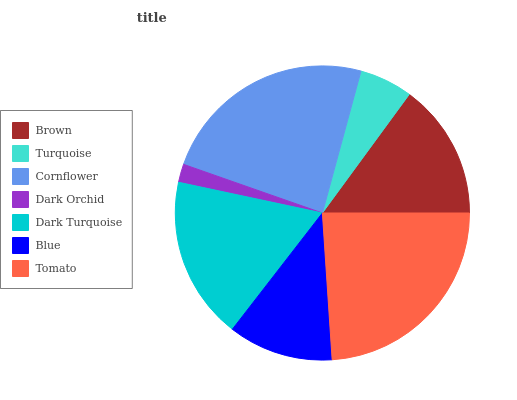
| Brown | Turquoise | Cornflower | Dark Orchid | Dark Turquoise | Blue | Tomato |
 | --- | --- | --- | --- | --- | --- | --- |
 | 15% | 5.85% | 23.9% | 2.02% | 17.8% | 11.5% | 23.9% |